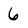
Character: 6